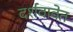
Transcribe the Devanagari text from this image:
दर्शवावेत